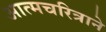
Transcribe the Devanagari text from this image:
आत्मचरित्राने